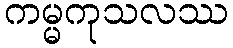
ကမ္မကုသလဿ